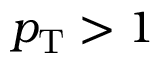
p _ { \mathrm { { T } } } > 1